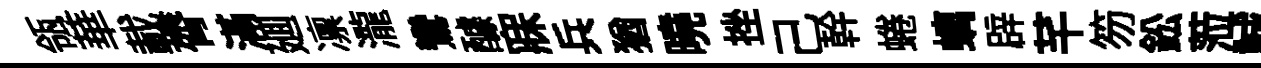
瓴華載膂滿廽凛瀧鸞醵寐兵猶曉挫己幹蜷螭辟芊笏鈆蒞誠一